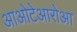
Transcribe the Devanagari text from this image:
आओटेआरोआ